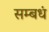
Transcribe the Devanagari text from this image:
सम्बधं